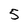
Character: 5